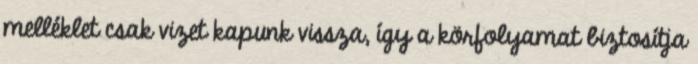
melléklet csak vizet kapunk vissza, így a körfolyamat biztosítja